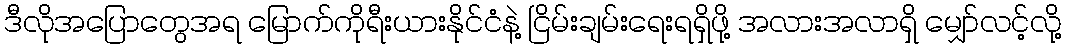
ဒီလိုအပြောတွေအရ မြောက်ကိုရီးယားနိုင်ငံနဲ့ ငြိမ်းချမ်းရေးရရှိဖို့ အလားအလာရှိ မျှော်လင့်လို့